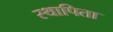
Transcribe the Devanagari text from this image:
स्थापिता